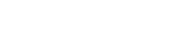
١١٤